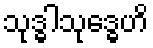
သုဒ္ဓါသုဒ္ဓေဟိ